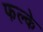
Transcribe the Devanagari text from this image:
फल्के